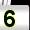
Digit: 5